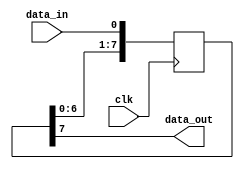
module shift_register (
    input wire clk,
    input wire data_in,
    output reg data_out
);

parameter WIDTH = 8; // specify the number of bits in the shift register

reg [WIDTH-1:0] register; // create a register with specified number of bits

// Shift the data through the register on each clock cycle
always @(posedge clk) begin
    register <= {register[WIDTH-2:0], data_in}; 
end

// Output the data from the end of the shift register
assign data_out = register[WIDTH-1];

endmodule